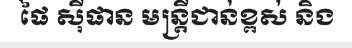
ផៃ ស៊ីផាន មន្ត្រីជាន់ខ្ពស់ និង